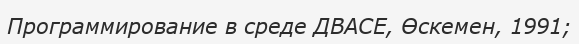
Программирование в среде ДВАСЕ, Өскемен, 1991;